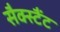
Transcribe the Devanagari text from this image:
सैक्स्टैंट